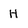
Character: H